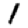
Digit: 1